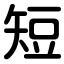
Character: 短